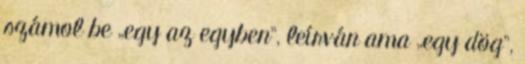
számol be „egy az egyben”, leírván ama „egy dög”,